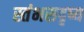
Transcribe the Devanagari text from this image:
स्तंभसदृष्य